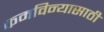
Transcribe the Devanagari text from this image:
कमविन्यासाठी